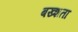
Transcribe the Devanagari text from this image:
बख्शता